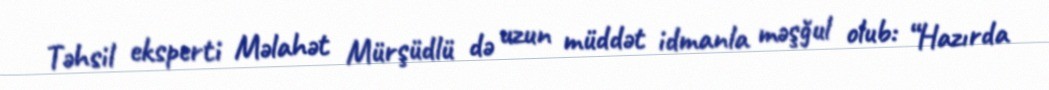
Təhsil eksperti Məlahət Mürşüdlü də uzun müddət idmanla məşğul olub: “Hazırda